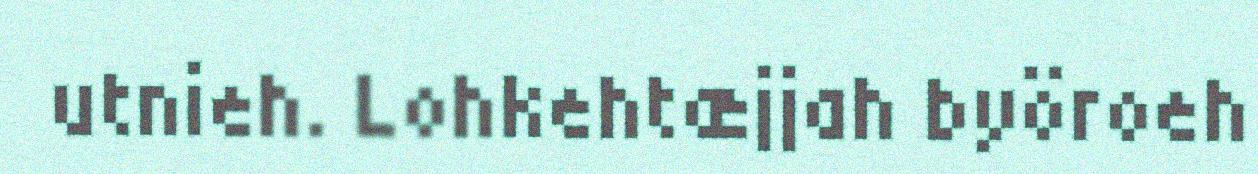
utnieh. Lohkehtæjjah byöroeh